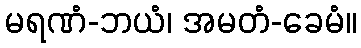
မရဏံ-ဘယံ၊ အမတံ-ခေမံ။